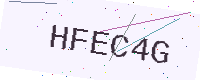
Text: HFEC4G